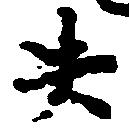
失